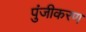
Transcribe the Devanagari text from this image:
पुंजीकरण